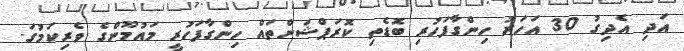
އަދި އެދިގު 30 އަހަރު ހިންގާފަހުރި ބޮޑެތި ކޮރަޕްޝަންތައް ހިންގާފަހުރީ މައުމޫންގެ ވެރިކަމުގަ.